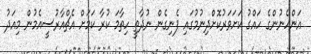
އަންހެނުންގެ ހައްގު ކަށަވަރުކޮށްދިނުމުގައި ފެނިގެން ނުދާތީ ހިތާމަ ކުރާ ކަމަށް އެޗްއާރުސީއެމުން މިއަދު